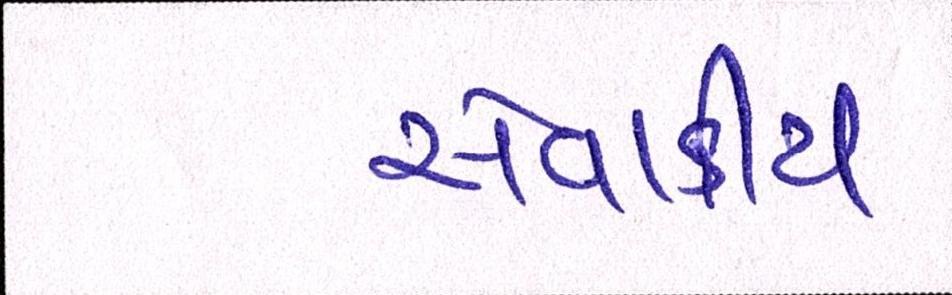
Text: સેવાકીય